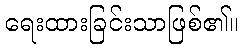
ရေးထားခြင်းသာဖြစ်၏။